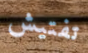
تفتيش